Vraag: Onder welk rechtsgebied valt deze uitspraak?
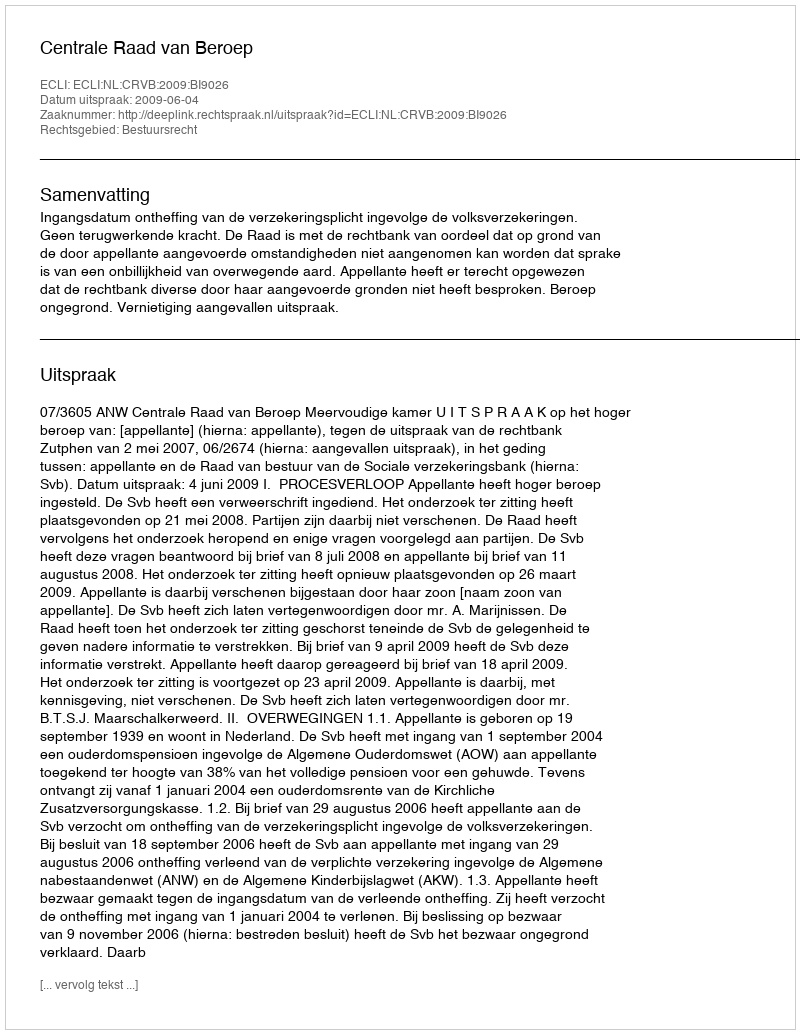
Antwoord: Bestuursrecht